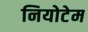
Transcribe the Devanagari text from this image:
नियोटेम